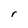
Character: r